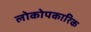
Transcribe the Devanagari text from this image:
लोकोपकारिक